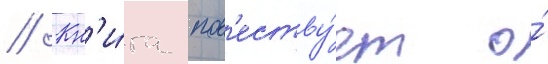
// Кн'и́га пов'еству́ет о́